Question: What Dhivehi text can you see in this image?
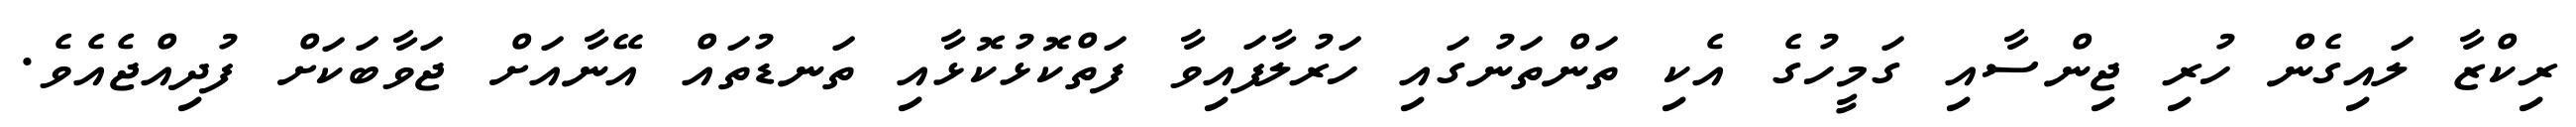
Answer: ރިކްޒާ ލައިގެން ހުރި ޖިންސާއި ގަމީހުގެ އެކި ތަންތަނުގައި ހަރުލާފައިވާ ފަތްކޮޅުކޮޅާއި ތަނޑުތައް އޭނާއަށް ޖަވާބަކަށް ފުދިއްޖެއެވެ.